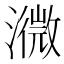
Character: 𤁚